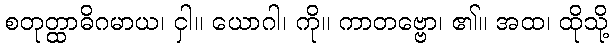
စတုတ္ထာဓိဂမာယ၊ ငှါ။ ယောဂါ၊ ကို။ ကာတဗ္ဗော၊ ၏။ အထ၊ ထိုသို့